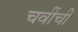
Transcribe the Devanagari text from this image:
चवींची